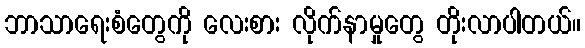
ဘာသာရေးစံတွေကို လေးစား လိုက်နာမှုတွေ တိုးလာပါတယ်။